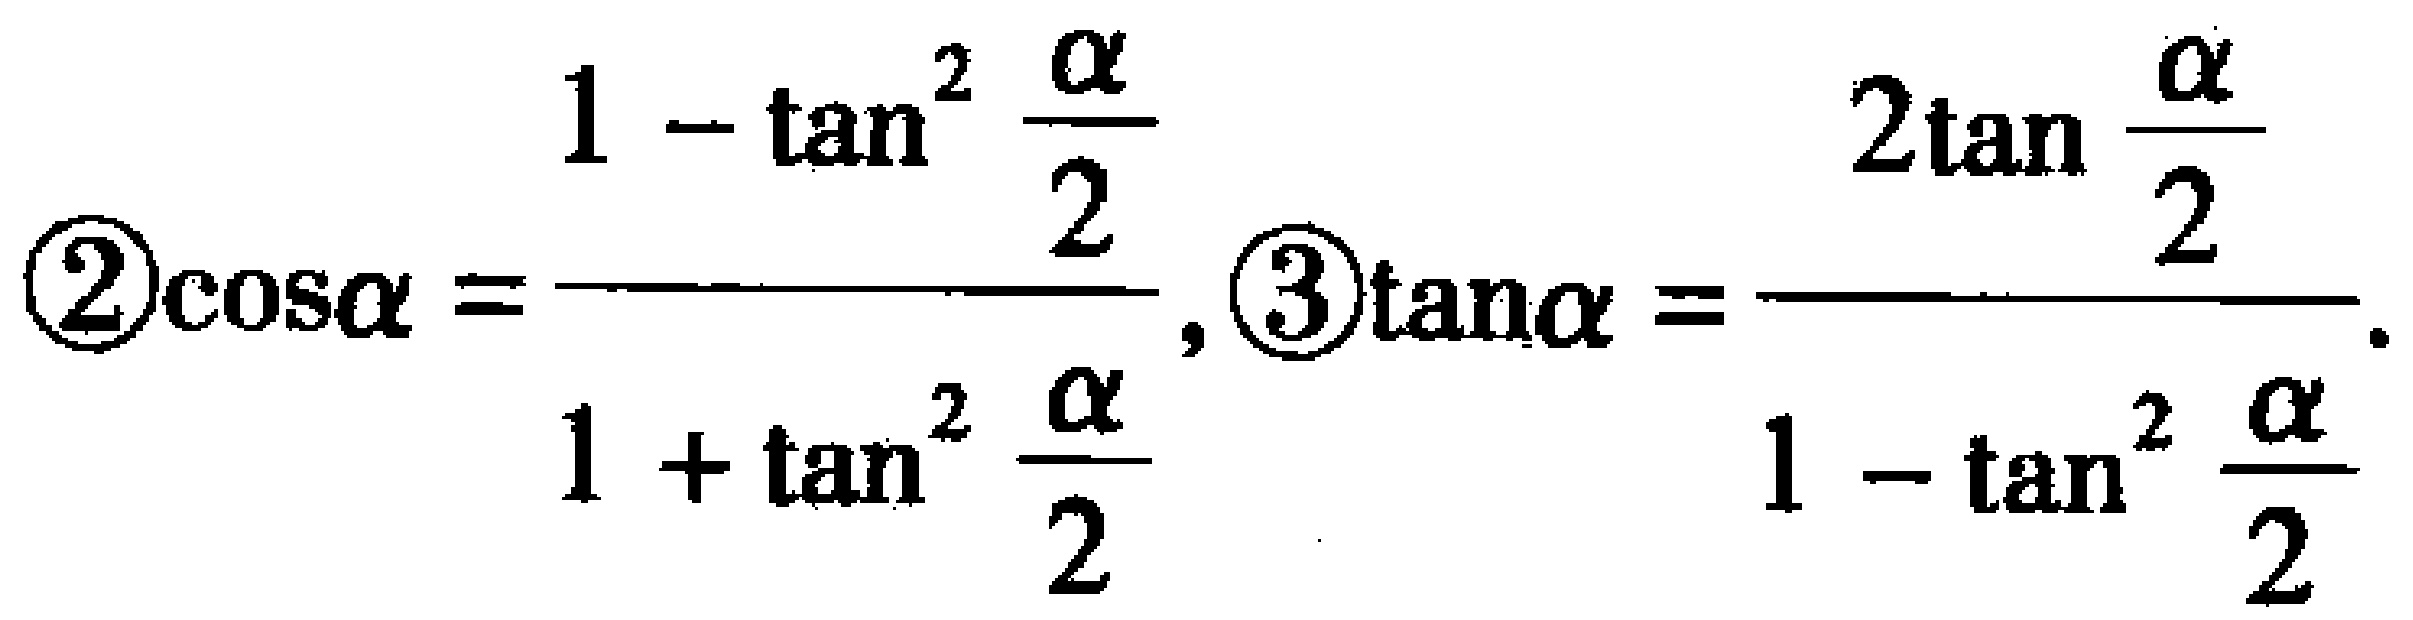
\(\textcircled{2}\cos\alpha=\frac{1 - \tan^{2}\frac{\alpha}{2}}{1 + \tan^{2}\frac{\alpha}{2}},\textcircled{3}\tan\alpha=\frac{2\tan\frac{\alpha}{2}}{1 - \tan^{2}\frac{\alpha}{2}}\)